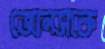
জোনসকে